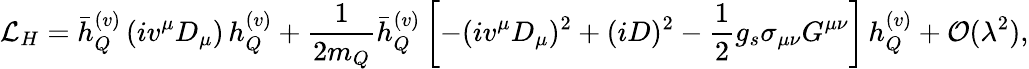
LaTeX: {\cal L}_{H}=\bar{h}_{Q}^{(v)}\, (iv^{\mu}D_{\mu})\, h_{Q}^{(v)}+{\frac{1}{2m_{Q}}}\bar{h}_{Q}^{(v)}\left[-(iv^{\mu}D_{\mu})^{2}+(iD)^{2}-{\frac{1}{2}}g_{s}\sigma_{\mu\nu}G^{\mu\nu}\right]\, h_{Q}^{(v)}+{\cal O}(\lambda^{2}),